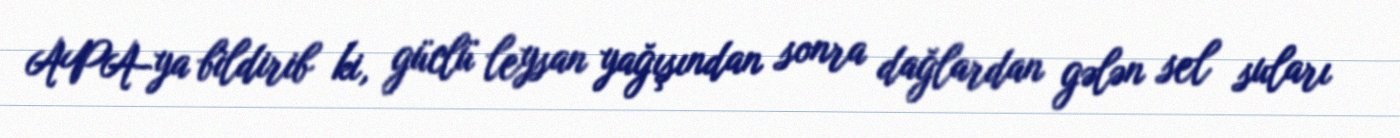
APA-ya bildirib ki, güclü leysan yağışından sonra dağlardan gələn sel suları